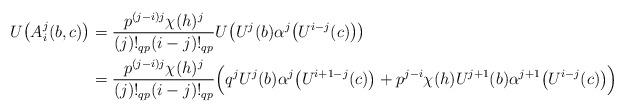
LaTeX: \begin{align*}U\bigl(A_i^j(b,c)\bigr) &= \frac{p^{(j-i)j}\chi(h)^j}{(j)!_{qp}(i-j)!_{qp}} U\bigl(U^j(b)\alpha^j\bigl(U^{i-j}(c)\bigr)\bigr)\\& = \frac{p^{(j-i)j}\chi(h)^j}{(j)!_{qp}(i-j)!_{qp}} \Bigl(q^j U^j(b)\alpha^j\bigl(U^{i+1-j}(c)\bigr) + p^{j-i} \chi(h) U^{j+1}(b)\alpha^{j+1}\bigl(U^{i-j}(c)\bigr)\Bigr)\end{align*}